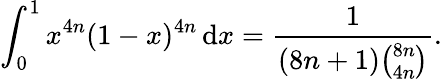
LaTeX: \int_{0}^{1}x^{4n}(1-x)^{4n}\, \mathrm{d}x={\frac{{1}}{{(8n+1){\binom{8n}{4n}}}}}.